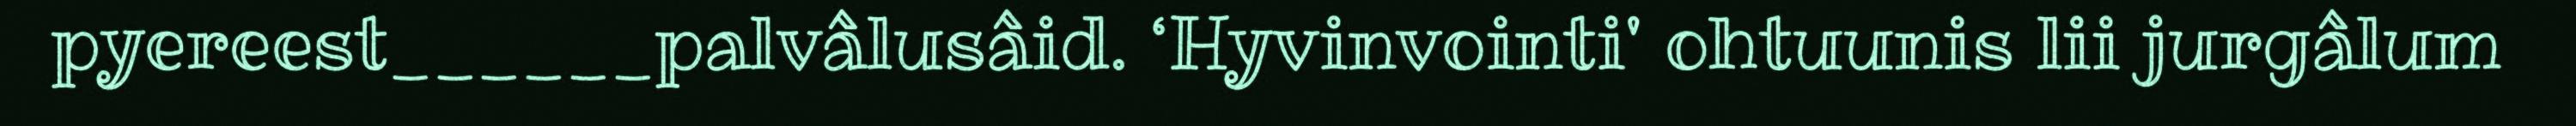
pyereest______palvâlusâid. ‘Hyvinvointi' ohtuunis lii jurgâlum